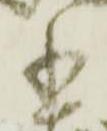
書